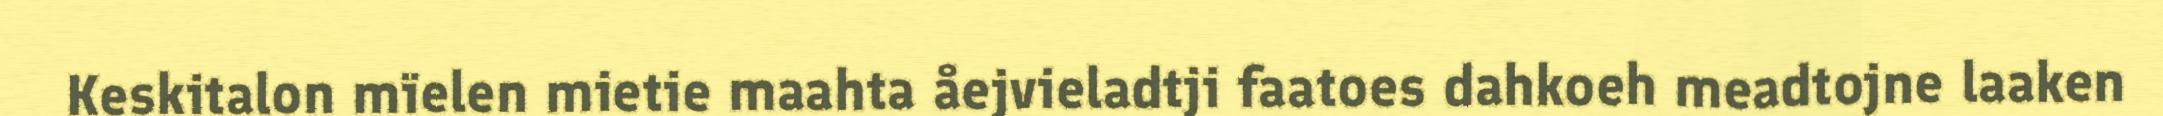
Keskitalon mïelen mietie maahta åejvieladtji faatoes dahkoeh meadtojne laaken